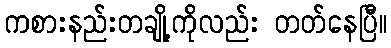
ကစားနည်းတချို့ကိုလည်း တတ်နေပြီ။